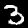
Digit: 3